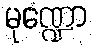
မုဏ္ဍော